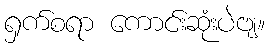
ရှက်စရာ ကောင်းဆုံးပဲဗျ။